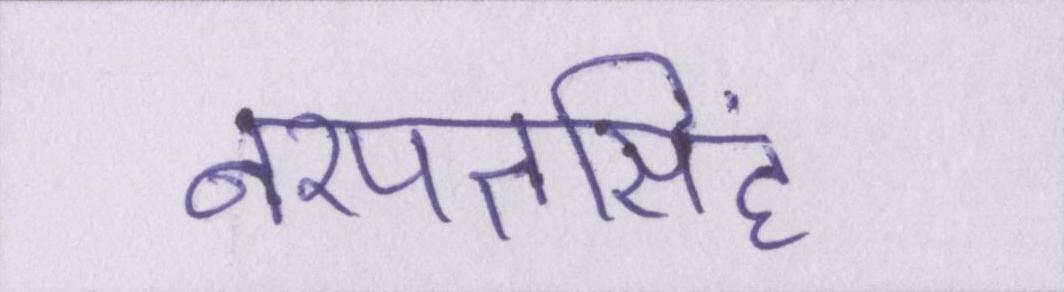
नरपतसिंह